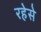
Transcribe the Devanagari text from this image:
रहेसे